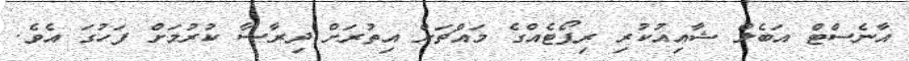
އާނެސްޓް އަބެލް ޝާއިއުކުރި ރިޕޯޓެއްގެ މައްޗަށް އިތުރަށް ދިރާސާ ކުރުމަށް ފަހުގަ އެވެ.